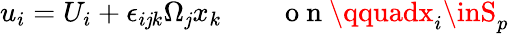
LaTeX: u_{i}=U_{i}+\epsilon_{i\mathit{j}k}\Omega_{\mathit{j}}x_{k}\qquad\mathrm{{~o~n~}}\qquadx_{i}\inS_{p}